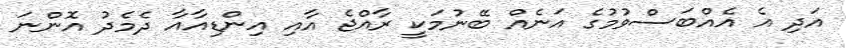
އަދި އެ އެއްބަސްވުމުގެ އަނެއް ބޭނުމަކީ ރާއްޖެ އާއި އިންޑިއާއާ ދެމެދު އޮންނަ